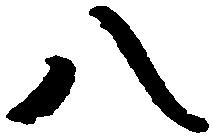
八